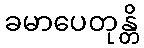
ခမာပေတုန္တိ